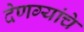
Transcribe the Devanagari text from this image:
देणग्यांचे